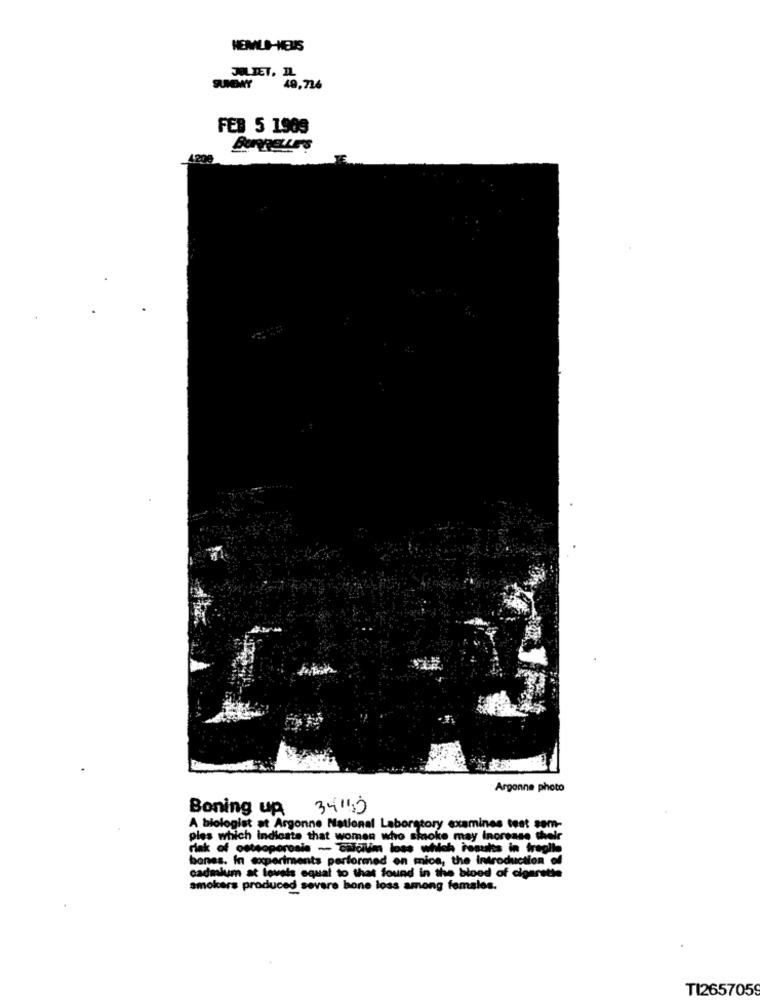
HEMLA-HEUS
JOLIET, IL.
SUONT
49,716
FEB 5 1909
BURDELLE'S
1200
TE
Argonne photo
Boning up
3410
A biologist at Argonne National Laboratory examines test sem-
ples which indicate that women who shoke may increase their
risk of osteoporosis - Cildilim loss which results in treglio
bones. In comperiments performed on mice, the introduction of
cadmium at loveis equal to that found in the bloed of cigarette
smokers produced severe bone loss among females.
TI2657059